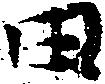
田